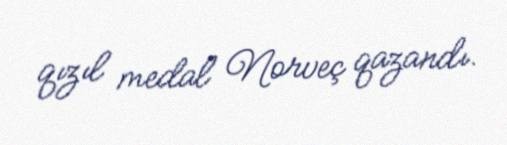
qızıl medal Norveç qazandı.